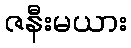
ဇနီးမယား